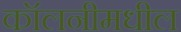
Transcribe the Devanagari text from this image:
कॉलनीमधील